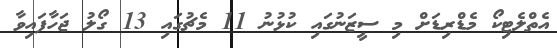
އެތްލެޓިކޯ މެޑްރިޑަށް މި ސީޒަނުގައި ކުޅުނު 11 މެޗުގައި 13 ގޯލު ޖަހާފައިވާ